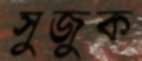
সুজুক